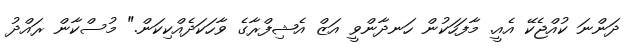
ދަންނަ ކުއްޖެކޭ އެއީ. މާފަހަކުން ހަނދާންވީ އަޒް އެޝިފްރާގެ ވާހަކަދެއްކިކަން." މުސްކާން ރައްދު